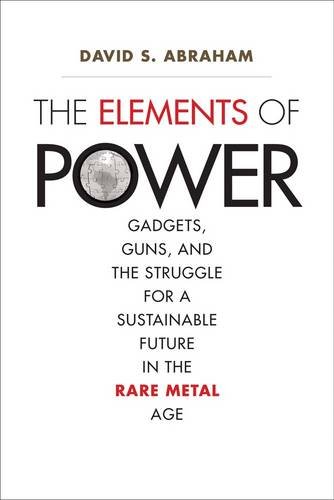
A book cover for The Elements of Power: Gadgets, Guns, and the Struggle for a Sustainable Future in the Rare Metal Age; David S. Abraham; Science & Math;